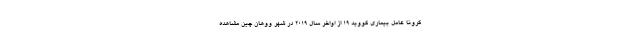
کرونا عامل بیماری کووید ۱۹ از اواخر سال ۲۰۱۹ در شهر ووهان چین مشاهده